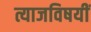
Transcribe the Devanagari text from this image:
त्याजविषयीं